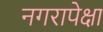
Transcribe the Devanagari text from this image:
नगरापेक्षा